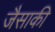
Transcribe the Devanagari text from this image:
जैसाकी